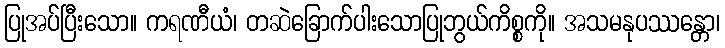
ပြုအပ်ပြီးသော။ ကရဏီယံ၊ တဆဲခြောက်ပါးသောပြုဘွယ်ကိစ္စကို။ အသမနုပဿန္တော၊